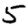
Digit: 5